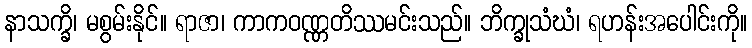
နာသက္ခိ၊ မစွမ်းနိုင်။ ရာဇာ၊ ကာကဝဏ္ဏတိဿမင်းသည်။ ဘိက္ခုသံဃံ၊ ရဟန်းအပေါင်းကို။